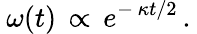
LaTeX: \: \omega(t)\, \propto\, e^{-\, \kappa t/2}\, .\: